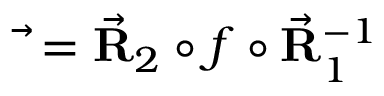
\vec { \bf \Phi } = \vec { \bf R } _ { 2 } \circ f \circ \vec { \bf R } _ { 1 } ^ { - 1 }